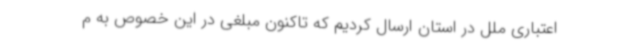
اعتباری ملل در استان ارسال کردیم که تاکنون مبلغی در این خصوص به م